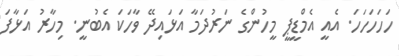
ހަހަހަހަހަ. އެއީ އެމްޑީޕީ މީހުންގެ ނަރުދަމާ އަޅައިދޭ ވާހަކަ އެބުނީ. މިހާރު އަޅާފަ